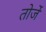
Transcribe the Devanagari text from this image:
तोर्जे